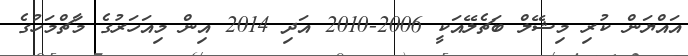
އައްޔަން ކުރި މިޝޭލް ބަޗެލޭއަކީ 2006-2010 އަދި 2014 އިން މިއަހަރުގެ މާޗްމަހުގެ